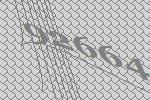
92664